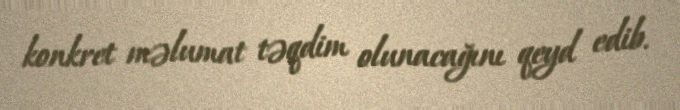
konkret məlumat təqdim olunacağını qeyd edib.